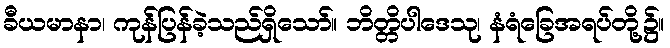
ခီယမာနာ၊ ကုန်ပြန်ခဲ့သည်ရှိသော်။ ဘိတ္တိပါဒေသု၊ နံရံခြေအရပ်တို့၌။